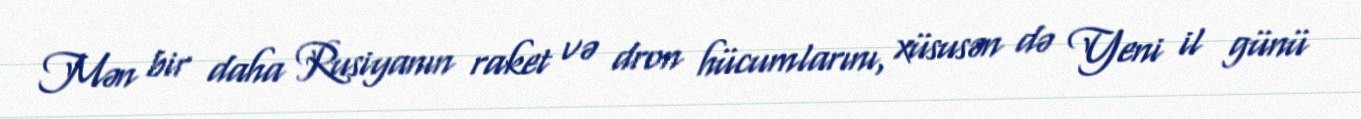
Mən bir daha Rusiyanın raket və dron hücumlarını, xüsusən də Yeni il günü